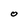
Character: O